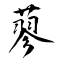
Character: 蓼